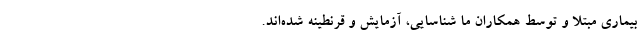
بیماری مبتلا و توسط همکاران ما شناسایی، آزمایش و قرنطینه شده‌اند.